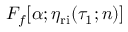
F _ { f } [ \alpha ; \eta _ { \mathrm { r i } } ( \tau _ { 1 } ; n ) ]